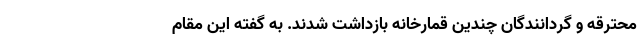
محترقه و گردانندگان چندین قمارخانه بازداشت شدند. به گفته این مقام